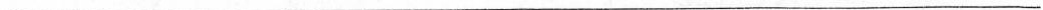
_________________________________